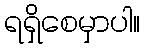
ရရှိစေမှာပါ။